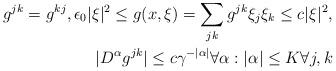
LaTeX: \begin{align*}g^{jk}=g^{kj},\epsilon_0|\xi |^2\le g(x,\xi )=\sum_{jk}g^{jk}\xi_j\xi_k\le c|\xi|^2,\\|D^\alpha g^{jk}|\le c\gamma ^{-|\alpha |}\forall \alpha :|\alpha |\le K\forall j,k\end{align*}